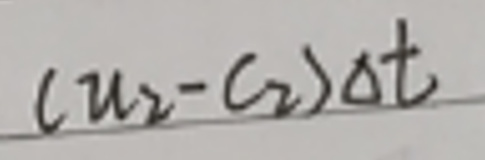
$( u _ { 2 } - c _ { 2 } ) \Delta t$